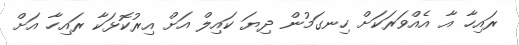
ރައިހާ އާ އެއްވަރަކަށް ހިނގަމުން ދިޔަ ކައިލް އަށް އިރުކޮޅަކާ ރައިހާ އަށް